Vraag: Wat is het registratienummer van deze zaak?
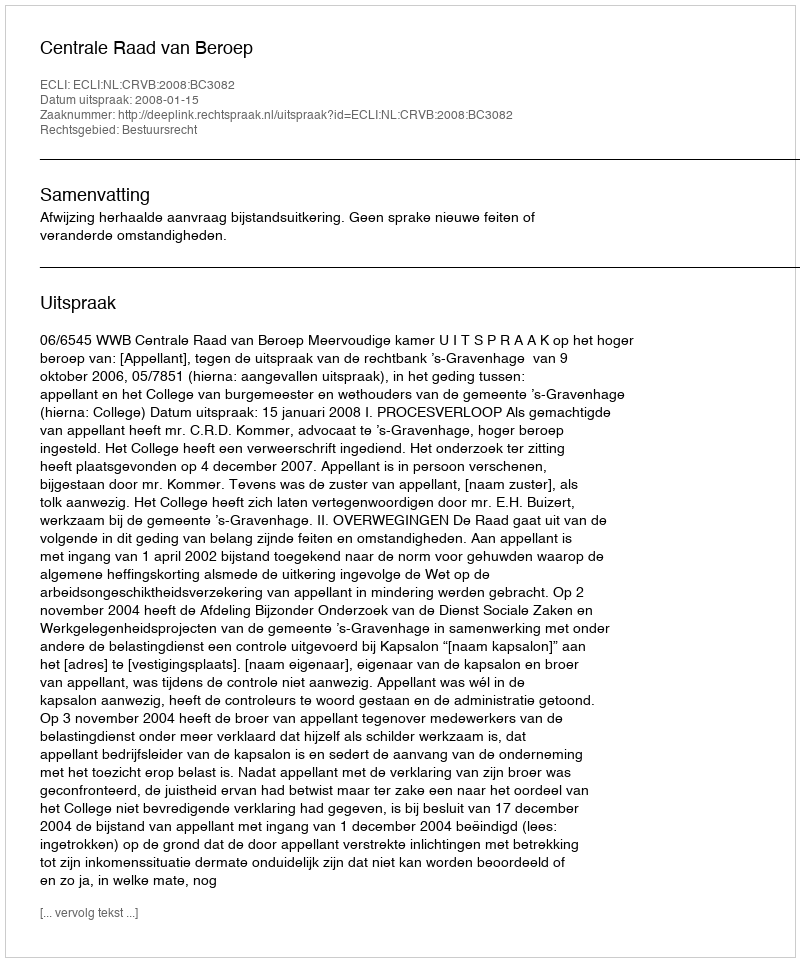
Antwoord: http://deeplink.rechtspraak.nl/uitspraak?id=ECLI:NL:CRVB:2008:BC3082